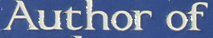
Author of